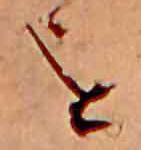
を